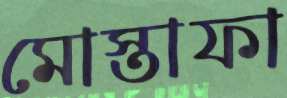
মোস্তাফা